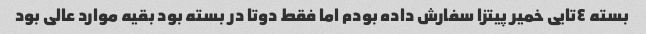
بسته ٤تایی خمیر پیتزا سفارش داده بودم اما فقط دوتا در بسته بود بقیه موارد عالی بود